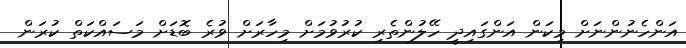
އަންހެނުންނަށް މިކަން އަންގައިދީ ހޭލުންތެރި ކުރުވުމަށް މިހާރަށް ވުރެ ބޮޑަށް މަސައްކަތް ކުރަން